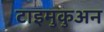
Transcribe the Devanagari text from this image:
टाइमुकुअन